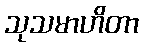
သုသမာဟိတာ